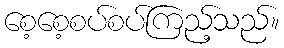
စေ့စေ့စပ်စပ်ကြည့်သည်။